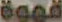
قهوة